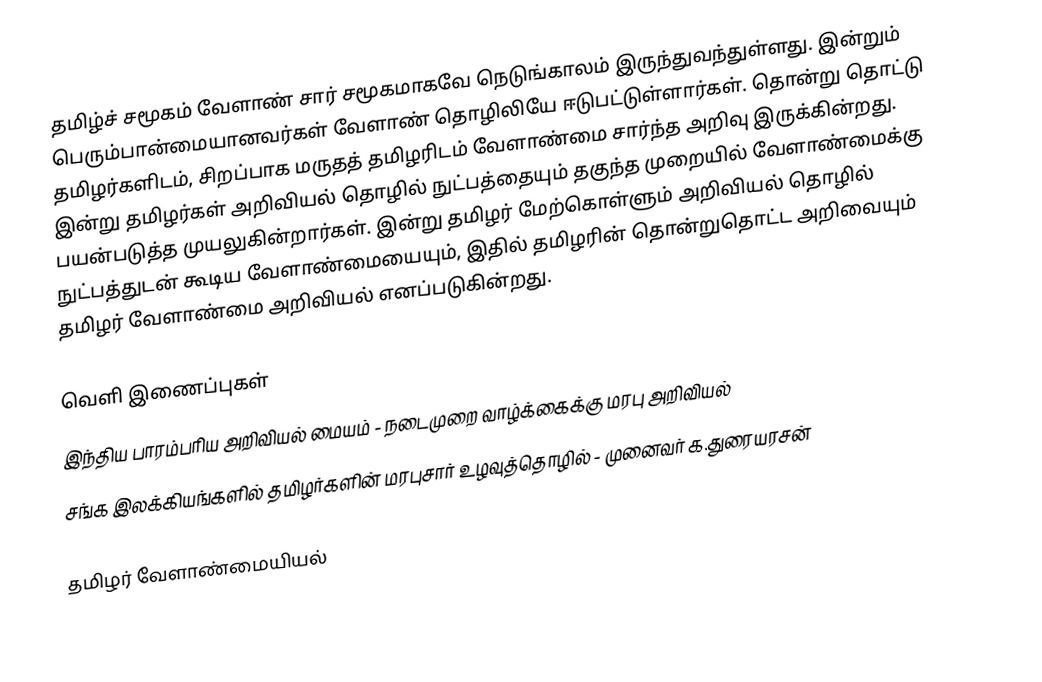
தமிழ்ச் சமூகம் வேளாண் சார் சமூகமாகவே நெடுங்காலம் இருந்துவந்துள்ளது.  இன்றும் பெரும்பான்மையானவர்கள் வேளாண் தொழிலியே ஈடுபட்டுள்ளார்கள்.  தொன்று தொட்டு தமிழர்களிடம், சிறப்பாக மருதத் தமிழரிடம் வேளாண்மை சார்ந்த அறிவு இருக்கின்றது.  இன்று தமிழர்கள் அறிவியல் தொழில் நுட்பத்தையும் தகுந்த முறையில் வேளாண்மைக்கு பயன்படுத்த முயலுகின்றார்கள்.  இன்று தமிழர் மேற்கொள்ளும் அறிவியல் தொழில் நுட்பத்துடன் கூடிய வேளாண்மையையும், இதில் தமிழரின் தொன்றுதொட்ட அறிவையும்  தமிழர் வேளாண்மை அறிவியல் எனப்படுகின்றது.

வெளி இணைப்புகள்
 இந்திய பாரம்பரிய அறிவியல் மையம் - நடைமுறை வாழ்க்கைக்கு மரபு அறிவியல்
 சங்க இலக்கியங்களில் தமிழர்களின் மரபுசார் உழவுத்தொழில் - முனைவர் க.துரையரசன்

தமிழர் வேளாண்மையியல்